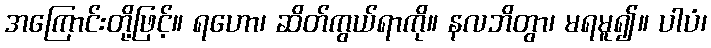
အကြောင်းတို့ဖြင့်။ ရဟော၊ ဆိတ်ကွယ်ရာကို။ နလဘိတွာ၊ မရမူ၍။ ပါပံ၊